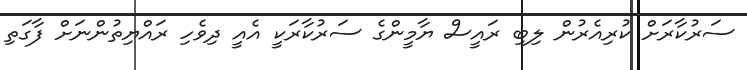
ސަރުކާރަށް ކުރިއެރުން ލިބި ރައީސް ޔާމީންގެ ސަރުކާރަކީ އެއީ ދިވެހި ރައްޔިތުންނަށް ފާގަތި